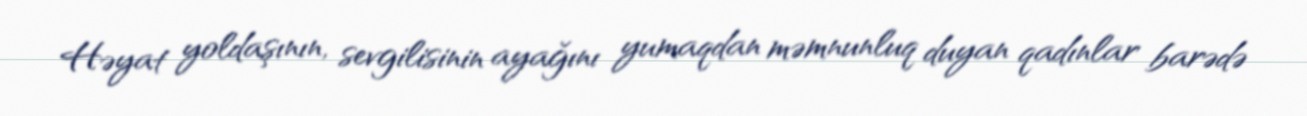
Həyat yoldaşının, sevgilisinin ayağını yumaqdan məmnunluq duyan qadınlar barədə